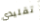
تقليدي